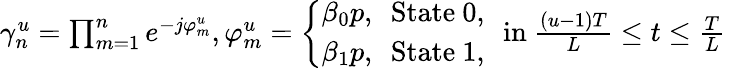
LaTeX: \begin{array}{r}{\gamma_{n}^{u}=\prod_{m=1}^{n}e^{-j\varphi_{m}^{u}},\varphi_{m}^{u}=\left\{ \begin{array}{l}{\beta_{0}p,\ \ \mathrm{State}\ 0,}\\ {\beta_{1}p,\ \ \mathrm{State}\ 1,\ }\end{array}\right.\ \mathrm{in}\ \frac{(u-1)T}{L}\leq t\leq\frac{T}{L}\ }\end{array}